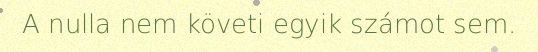
A nulla nem követi egyik számot sem.